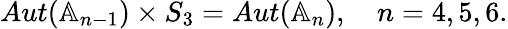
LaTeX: \begin{array}{r}{Aut(\mathbb{A}_{n-1})\times S_{3}=Aut(\mathbb{A}_{n}),\quad n=4,5,6.}\end{array}